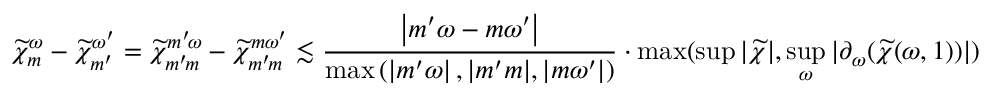
\widetilde { \chi } _ { m } ^ { \omega } - \widetilde { \chi } _ { m ^ { \prime } } ^ { \omega ^ { \prime } } = \widetilde { \chi } _ { m ^ { \prime } \! m } ^ { m ^ { \prime } \! \omega } - \widetilde { \chi } _ { m ^ { \prime } \! m } ^ { m \omega ^ { \prime } } \lesssim \frac { \left| m ^ { \prime } \omega - m \omega ^ { \prime } \right| } { \operatorname* { m a x } \left( \left| m ^ { \prime } \omega \right| , | m ^ { \prime } m | , | m \omega ^ { \prime } | \right) } \cdot \operatorname* { m a x } ( \operatorname* { s u p } | \widetilde { \chi } | , \operatorname* { s u p } _ { \omega } | \partial _ { \omega } ( \widetilde { \chi } ( \omega , 1 ) ) | )